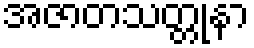
အဇာတသတ္တုနာ